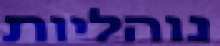
נוהליות